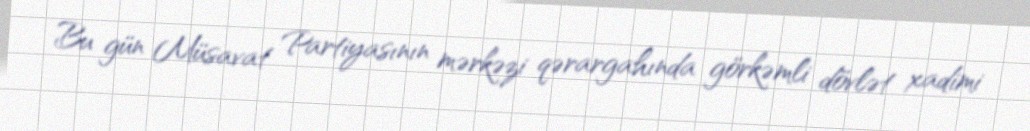
Bu gün Müsavat Partiyasının mərkəzi qərargahında görkəmli dövlət xadimi